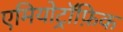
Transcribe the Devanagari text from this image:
एमियोट्रॉफ़िक